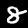
Digit: 8